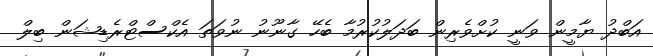
އަބްދު ޔާމީން ވަނީ ކުށްވެރިން ބަދަލުކުރުމާ ބެހޭ ގާނޫނު ނުވަތަ އެކްސްޓްރެޑިޝަން ބިލް